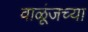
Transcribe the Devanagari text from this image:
वाळूंजच्या